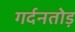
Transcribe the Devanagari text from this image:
गर्दनतोड़